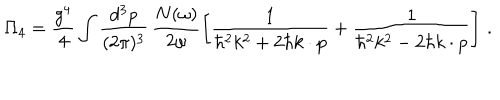
\Pi _ { 4 } = \frac { g ^ { 4 } } { 4 } \int \frac { d ^ { 3 } p } { ( 2 \pi ) ^ { 3 } } \, \frac { N ( \omega ) } { 2 \omega } \left[ \frac { 1 } { \hbar ^ { 2 } k ^ { 2 } + 2 \hbar k \cdot p } + \frac { 1 } { \hbar ^ { 2 } k ^ { 2 } - 2 \hbar k \cdot p } \right] \, .